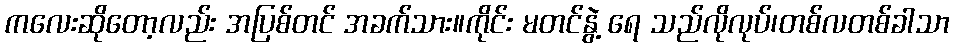
ကလေးဆိုတော့လည်း အပြစ်တင် အခက်သား။ကိုင်း မတင်နွဲ့ ရေ သည်လိုလုပ်၊တစ်လတစ်ခါသာ